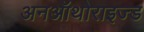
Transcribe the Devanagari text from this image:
अनऑथोराइज्ड